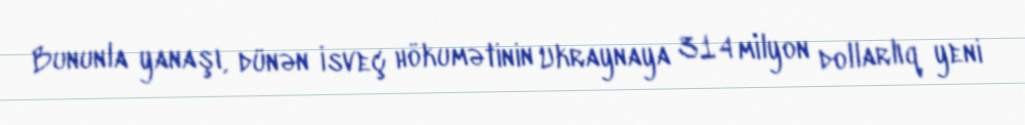
Bununla yanaşı, dünən İsveç hökumətinin Ukraynaya 314 milyon dollarlıq yeni